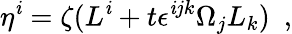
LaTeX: \eta^{\mathit{i}}=\zeta(L^{\mathit{i}}+t\epsilon^{\mathit{i}jk}\Omega_{j}L_{k})\ \ ,